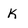
Character: k